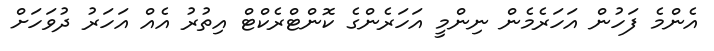
އެންމެ ފަހުން އަހަރެމެން ނިންމީ އަހަރެންގެ ކޮންޓްރެކްޓް އިތުރު އެއް އަހަރު ދުވަހަށް